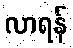
လာရန်